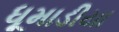
ધૂમાડીયા